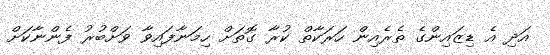
އަދި އެ ޑިޒައިންގެ ތެރެއިން ހަރަކާތް ކުރާ ގޮތަށް ހިމަނާފައިވާ ވަށްބުރު ފެންނާކަށް